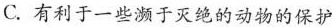
C.有利于一些濒于灭绝的动物的保护